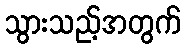
သွားသည့်အတွက်